Annual report of the Civil Veterinary Department, Bengal, for the year 1897-98 - 1897-1898
Year: 1897
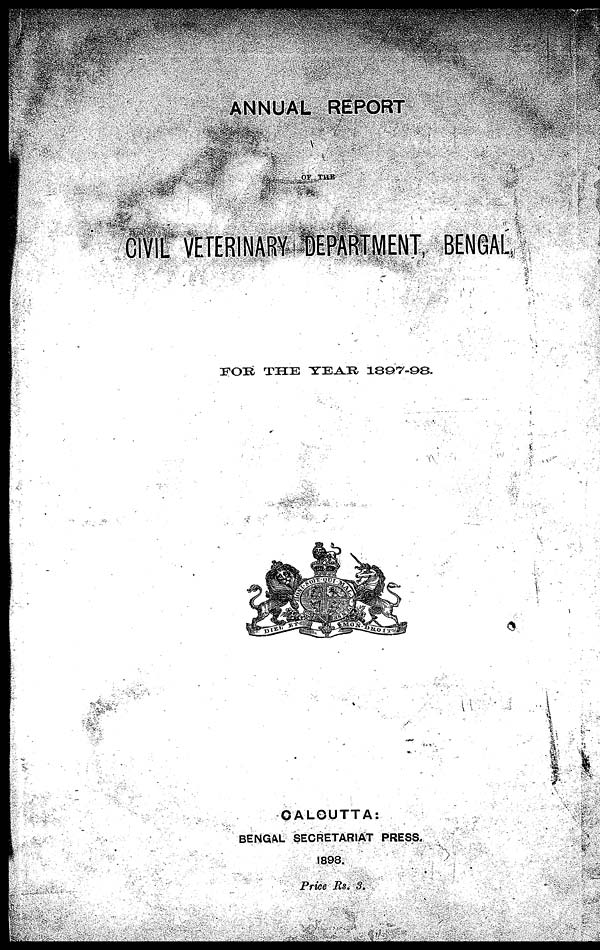
ANNUAL REPORT
OF TUB
CIVIL VETERINARY DEPARTMENT, BENGAL,
FOR THE YEAR 1897-98.
CALCUTTA:
BENGAL SECRETARIAT PRESS.
1898.
Price Rs. 3.